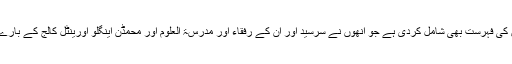
اس کتاب کے آخر میں ڈاکٹر صاحب نے اپنے ان مضامین کی فہرست بھی شامل کردی ہے جو انھوں نے سرسید اور ان کے رفقاء اور مدرسۃ العلوم اور محمڈن اینگلو اورینٹل کالج کے بارے میں لکھے ہیں اور وہ مختلف مجلات میں شائع ہوئے ہیں۔